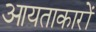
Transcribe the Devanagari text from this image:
आयताकारों